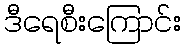
ဒီရေစီးကြောင်း